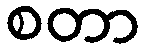
စတာ